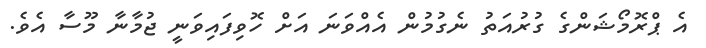
އެ ޕްރޮމޯޝަންގެ ގުރުއަތު ނެގުމުން އެއްވަނަ އަށް ހޮވިފައިވަނީ ޖުމާނާ މޫސާ އެވެ.